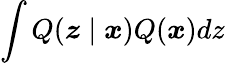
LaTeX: \int Q(\boldsymbol{z}\mid\boldsymbol{x})Q(\boldsymbol{x})dz